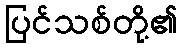
ပြင်သစ်တို့၏